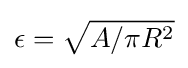
\epsilon ={\sqrt {A/\pi R^{2}}}